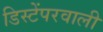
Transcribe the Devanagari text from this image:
डिस्टेंपरवाली